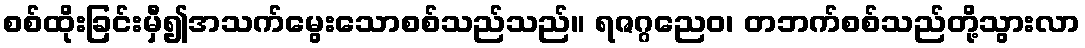
စစ်ထိုးခြင်းမှီ၍အသက်မွေးသောစစ်သည်သည်။ ရဇဂ္ဂညေဝ၊ တဘက်စစ်သည်တို့သွားလာ